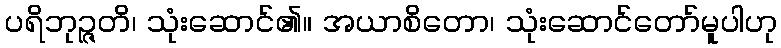
ပရိဘုဉ္ဇတိ၊ သုံးဆောင်၏။ အယာစိတော၊ သုံးဆောင်တော်မူပါဟု